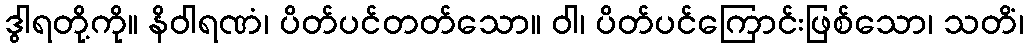
ဒွါရတို့ကို။ နိဝါရဏံ၊ ပိတ်ပင်တတ်သော။ ဝါ၊ ပိတ်ပင်ကြောင်းဖြစ်သော၊ သတိံ၊